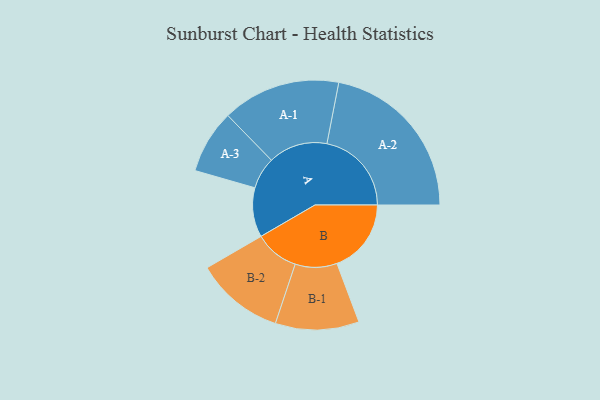
{"axis": {"x": "Segment", "y": "Value"}, "legend": ["", "A", "B"], "data": [{"x": "A", "y": 163, "type": ""}, {"x": "B", "y": 245, "type": ""}, {"x": "A-1", "y": 195, "type": "A"}, {"x": "A-2", "y": 279, "type": "A"}, {"x": "A-3", "y": 105, "type": "A"}, {"x": "B-1", "y": 138, "type": "B"}, {"x": "B-2", "y": 146, "type": "B"}]}